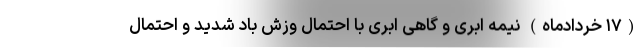
(۱۷ خردادماه) نیمه ابری و گاهی ابری با احتمال وزش باد شدید و احتمال